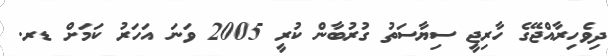
ދިވެހިރާއްޖޭގެ ހާރިޖީ ސިޔާސަތު ގުރުބާން ކުރީ 2005 ވަނަ އަހަރު ކަމަށް ޑރ.